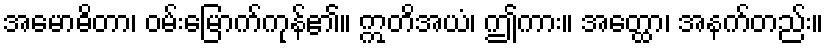
အမောဓိတာ၊ ဝမ်းမြောက်ကုန်၏။ ဣတိအယံ၊ ဤကား။ အတ္ထော၊ အနက်တည်း။